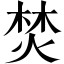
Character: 焚